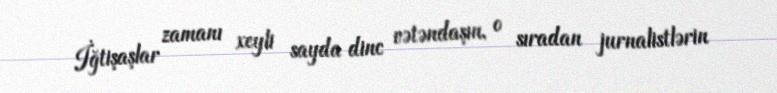
İğtişaşlar zamanı xeyli sayda dinc vətəndaşın, o sıradan jurnalistlərin